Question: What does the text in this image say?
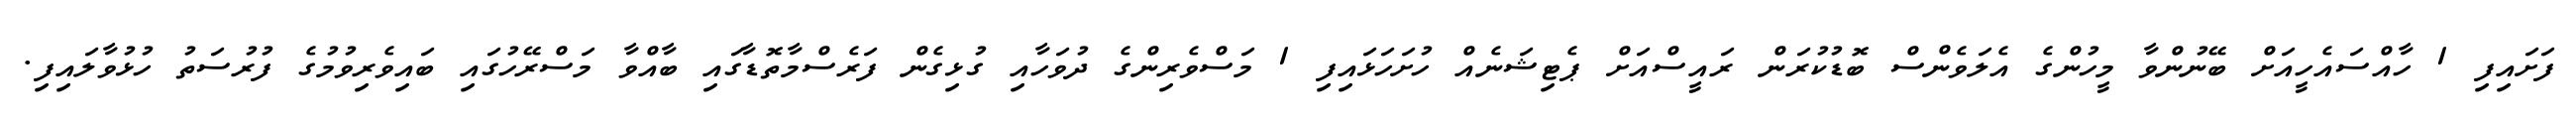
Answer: ފަށައިފި 1 ހާއްސައެހީއަށް ބޭނުންވާ މީހުންގެ އެލަވެންސް ބޮޑުކުރަން ރައީސްއަށް ޕެޓިޝަނެއް ހުށަހަޅައިފި 1 މަސްވެރިންގެ ދުވަހާއި ގުޅިގެން ފަރެސްމާތޮޑާގައި ބާއްވާ މަސްރޭހުގައި ބައިވެރިވުމުގެ ފުރުސަތު ހުޅުވާލައިފި.